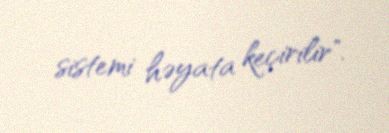
sistemi həyata keçirilir".